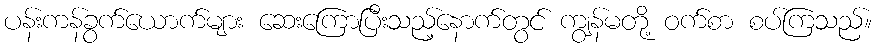
ပန်းကန်ခွက်ယောက်များ ဆေးကြောပြီးသည့်နောက်တွင် ကျွန်မတို့ ဝက်စာ စပ်ကြသည်။